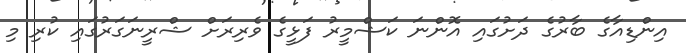
އިންޑިއާގެ ބާރުގެ ދަށުގައި އޮންނަ ކަޝްމީރު ފަޅީގެ ވެރިރަށް ޝްރީނަގަރުގައި ކުރި މި